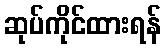
ဆုပ်ကိုင်ထားရန်